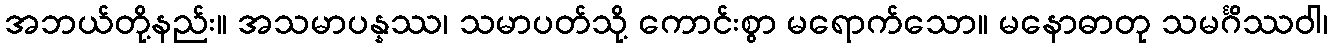
အဘယ်တို့နည်း။ အသမာပန္နဿ၊ သမာပတ်သို့ ကောင်းစွာ မရောက်သော။ မနောဓာတု သမင်္ဂိဿဝါ၊